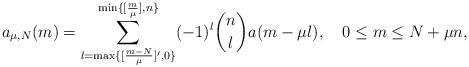
LaTeX: \begin{align*}a_{\mu,N}(m)=\sum_{l=\max\{[\frac{m-N}{\mu}]',0\}}^{\min\{[\frac{m}{\mu}],n\}}(-1)^l{n \choose l}a(m-\mu l),\quad0\leq m\leq N+\mu n,\end{align*}